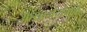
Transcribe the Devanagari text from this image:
अत्यानंदांमुळे